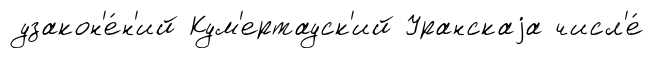
узакон'е́н'ий Кум'ертауск'ий Уранскаjа числ'е́